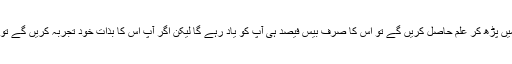
انہوں نے کہا، ’’اگر آپ مہاجرین کے بارے میں پڑھ کر علم حاصل کریں گے تو اس کا صرف بیس فیصد ہی آپ کو یاد رہے گا لیکن اگر آپ اس کا بذات خود تجربہ کریں گے تو آپ اسّی فیصد تک کبھی نہیں بھول پائیں گے۔